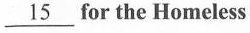
\underline{15}for the Homeless